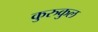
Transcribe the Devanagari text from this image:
कुरुकुल